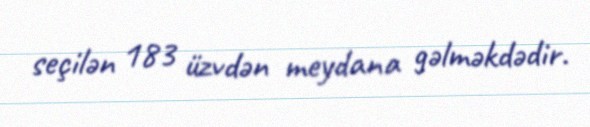
seçilən 183 üzvdən meydana gəlməkdədir.